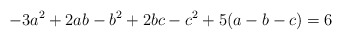
\begin{align*}-3a^{2}+2ab-b^{2}+2bc-c^{2}+5(a-b-c)=6\end{align*}